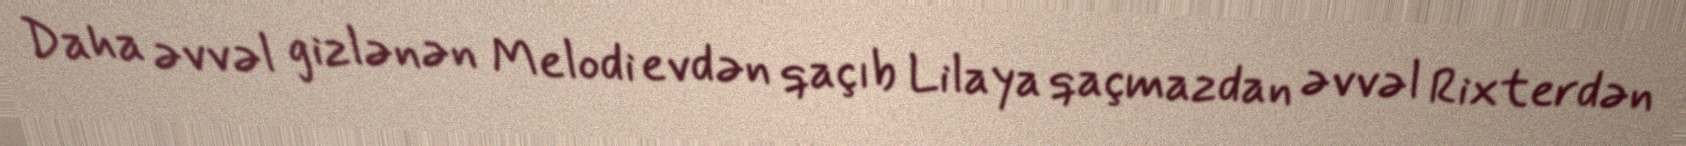
Daha əvvəl gizlənən Melodi evdən qaçıb Lilaya qaçmazdan əvvəl Rixterdən